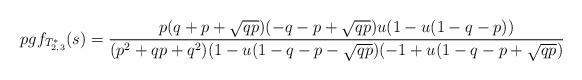
LaTeX: \begin{align*} pgf_{T^*_{2,3}}(s)={p(q+p+\sqrt{qp})(-q-p+\sqrt{qp})u(1-u(1-q-p))\over (p^2+qp+q^2)(1-u(1-q-p-\sqrt{qp})(-1+u(1-q-p+\sqrt{qp})}\end{align*}